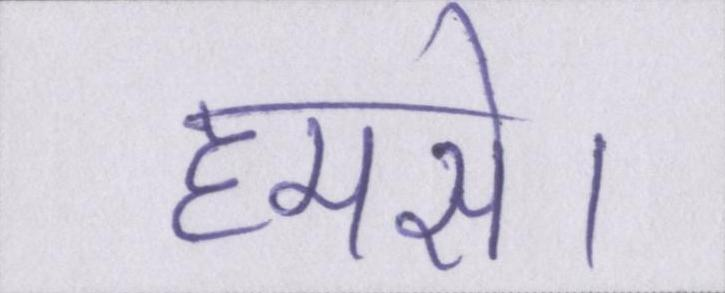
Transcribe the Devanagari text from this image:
हमसे।